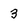
Character: 3